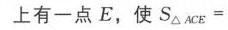
上有一点\(E\)，使\(S_{\triangle ACE} =\)